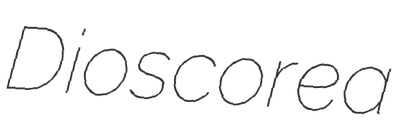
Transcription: Dioscorea